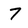
Character: 7